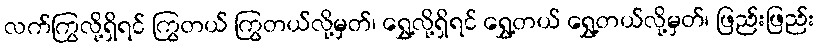
လက်ကြွလို့ရှိရင် ကြွတယ် ကြွတယ်လို့မှတ်၊ ရွှေ့လို့ရှိရင် ရွှေ့တယ် ရွှေ့တယ်လို့မှတ်၊ ဖြည်းဖြည်း